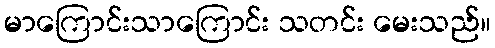
မာကြောင်းသာကြောင်း သတင်း မေးသည်။